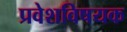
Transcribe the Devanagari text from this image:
प्रवेशविषयक